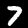
Digit: 7